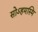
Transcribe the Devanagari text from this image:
सोऽहमस्मि